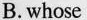
B. whose